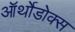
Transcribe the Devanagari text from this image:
ऑर्थोडोक्स